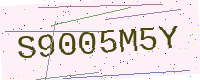
Text: S9005M5Y